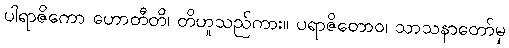
ပါရာဇိကော ဟောတီတိ၊ တိဟူသည်ကား။ ပရာဇိတောဝ၊ သာသနာတော်မှ